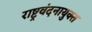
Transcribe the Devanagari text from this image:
राष्ट्रवंदनायुक्त